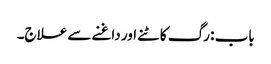
باب : رگ کاٹنے اور داغنے سے علاج۔